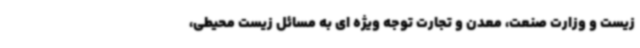
زیست و وزارت صنعت، معدن و تجارت توجه ویژه ای به مسائل زیست محیطی،